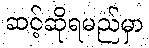
ဆင့်ဆိုရမည်မှာ